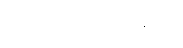
ရင်ဆိုင်ခဲ့ရကြောင်း